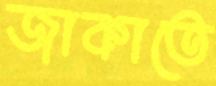
জাকাতে